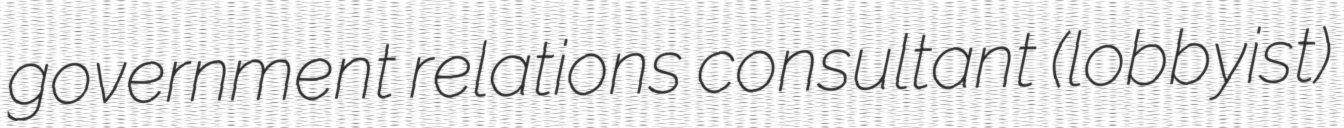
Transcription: government relations consultant (lobbyist)